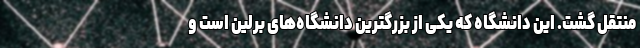
منتقل گشت. این دانشگاه که یکی از بزرگترین دانشگاه‌های برلین است و